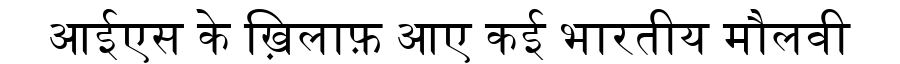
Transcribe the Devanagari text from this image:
आईएस के ख़िलाफ़ आए कई भारतीय मौलवी